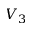
V _ { 3 }